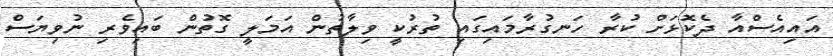
އައިއެސްއާ ދެކޮޅަށް ކުރާ ހަނގުރާމައިގައި ތުރުކީ ވިލާތުން އަމަލީ ގޮތުން ބައިވެރި ނުވިޔަސް